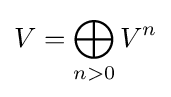
V=\bigoplus _{n>0}V^{n}